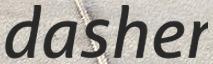
dasher